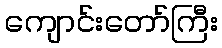
ကျောင်းတော်ကြီး